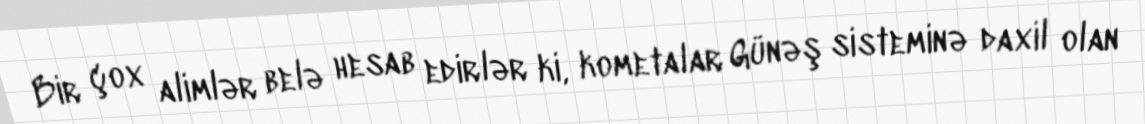
Bir çox alimlər belə hesab edirlər ki, kometalar Günəş sisteminə daxil olan